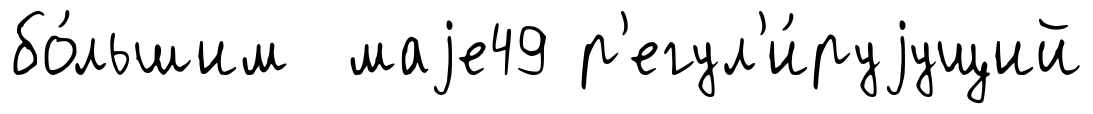
бо́льшим маjе49 р'егул'и́руjущий